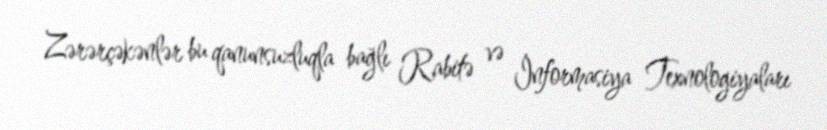
Zərərçəkənlər bu qanunsuzluqla bağlı Rabitə və İnformasiya Texnologiyaları